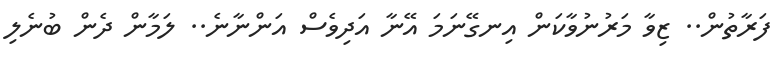
ފަރާތުން.. ޒިވާ މަރުނުވާކަން އިނގޭނަމަ އޭނާ އަދިވެސް އަންނާނެ.. ލަމާން ދެން ބުނެލި